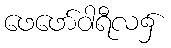
ဖေဖော်ဝါရီလ၌